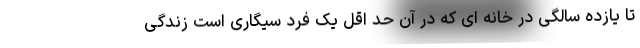
تا یازده سالگی در خانه ای که در آن حد اقل یک فرد سیگاری است زندگی